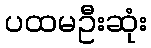
ပထမဦးဆုံး